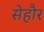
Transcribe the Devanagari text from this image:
सेहौर